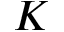
K